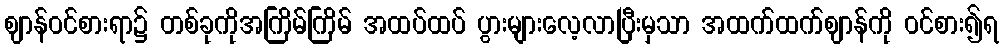
ဈာန်ဝင်စားရာ၌ တစ်ခုကိုအကြိမ်ကြိမ် အထပ်ထပ် ပွားများလေ့လာပြီးမှသာ အထက်ထက်ဈာန်ကို ဝင်စား၍ရ